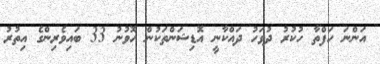
އަންނަ ހަފްތާ ހުކުރު ދުވަހު ދައްކާނީ އޮޑިޝަންތަކުން ހޮވުނު 33 ބައިވެރިންގެ އިތުރު